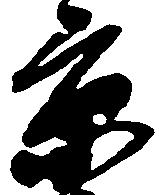
京